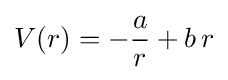
V(r)=-{\frac {a}{r}}+b\,r